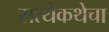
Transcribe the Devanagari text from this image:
सत्येकथेचा